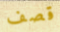
قصف